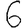
Digit: 6